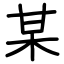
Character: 某